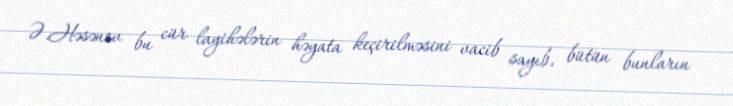
Ə.Həsənov bu cür layihələrin həyata keçirilməsini vacib sayıb, bütün bunların